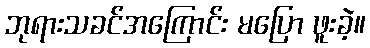
ဘုရားသခင်အကြောင်း မပြော ဖူးခဲ့။